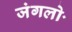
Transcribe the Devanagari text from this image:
जंगलोॱ